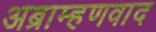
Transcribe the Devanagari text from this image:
अब्राम्हणवाद